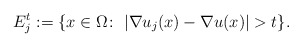
\begin{align*}E_{j}^{t}:=\{x\in\Omega\colon\;|\nabla u_{j}(x)-\nabla u(x)|>t\}.\end{align*}